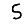
Digit: 5